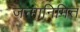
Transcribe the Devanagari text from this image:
जन्मानिमित्त